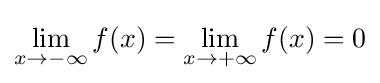
\lim _{x\to -\infty }f(x)=\lim _{x\to +\infty }f(x)=0